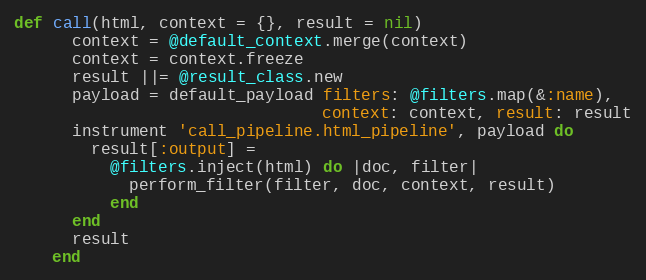
Language: Ruby
def call(html, context = {}, result = nil)
      context = @default_context.merge(context)
      context = context.freeze
      result ||= @result_class.new
      payload = default_payload filters: @filters.map(&:name),
                                context: context, result: result
      instrument 'call_pipeline.html_pipeline', payload do
        result[:output] =
          @filters.inject(html) do |doc, filter|
            perform_filter(filter, doc, context, result)
          end
      end
      result
    end